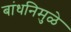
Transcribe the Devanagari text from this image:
बांधनिमुळे